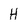
Character: H